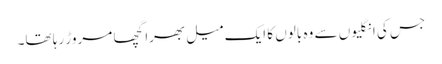
جس کی انگلیوں سے وہ بالوں کا ایک میل بھرا گچھا مروڑ رہا تھا۔